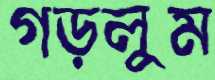
গড়লুম